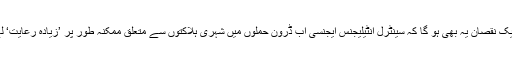
لیکن اس کا ایک نقصان یہ بھی ہو گا کہ سینٹرل انٹیلیجنس ایجنسی اب ڈرون حملوں میں شہری ہلاکتوں سے متعلق ممکنہ طور پر ’زیادہ رعایت‘ لے سکے گی۔